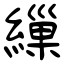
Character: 繅